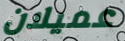
عميلان